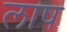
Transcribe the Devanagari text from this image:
लाष